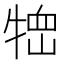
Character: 𤚞